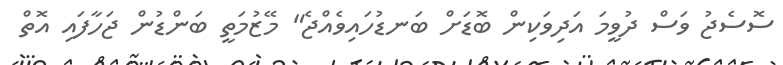
ސޮސެޖު ވަސް ދުވީމަ އަދިވަކިން ބޮޑަށް ބަނޑުހައިވެއްޖެ" މޭޒުމަތީ ބަންޑުން ޖަހާފައި އޮތް